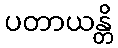
ပတာယန္တိ